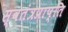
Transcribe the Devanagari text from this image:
स्वतंत्रप्राप्ति